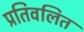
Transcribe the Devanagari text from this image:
प्रतिवलित